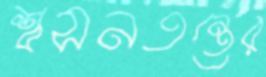
শ্বসনতন্ত্রের